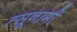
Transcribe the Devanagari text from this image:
त्सूनामी